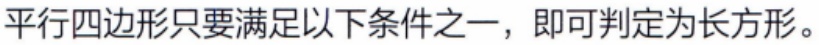
平行四边形只要满足以下条件之一，即可判定为长方形。